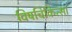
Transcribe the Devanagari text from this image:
विषचिकित्सा